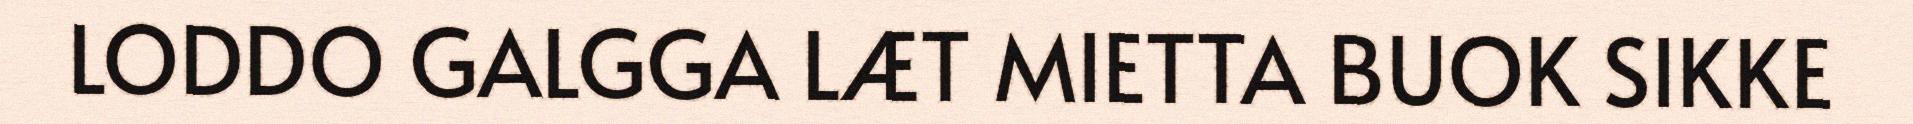
LODDO GALGGA LÆT MIETTA BUOK SIKKE